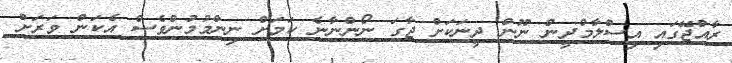
ރާއްޖޭގައި އިސްލާމްދީން ނޫން ދީނަކަށް ޖާގަ ނޯންނާނެ ކަމަށް ނިންމުމުންވެސް އެކަން ވަރަށް